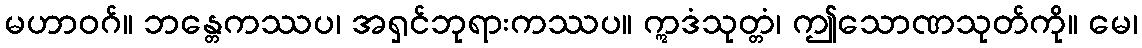
မဟာဝဂ်။ ဘန္တေကဿပ၊ အရှင်ဘုရားကဿပ။ ဣဒံသုတ္တံ၊ ဤသောဏသုတ်ကို။ မေ၊